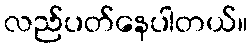
လည်ပတ်နေပါတယ်။